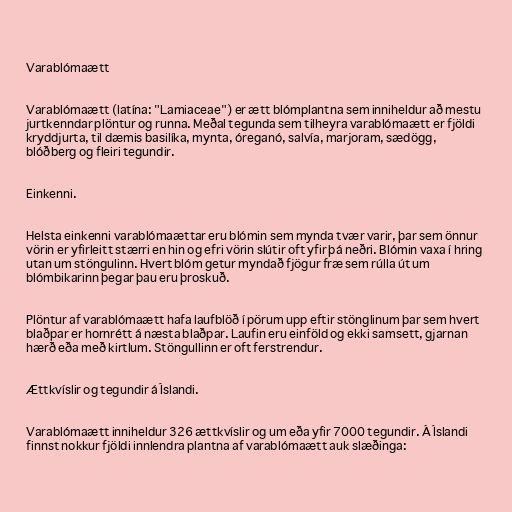
Varablómaætt

Varablómaætt (latína: "Lamiaceae") er ætt blómplantna sem inniheldur að mestu
jurtkenndar plöntur og runna. Meðal tegunda sem tilheyra varablómaætt er fjöldi
kryddjurta, til dæmis basilíka, mynta, óreganó, salvía, marjoram, sædögg,
blóðberg og fleiri tegundir.

Einkenni.

Helsta einkenni varablómaættar eru blómin sem mynda tvær varir, þar sem önnur
vörin er yfirleitt stærri en hin og efri vörin slútir oft yfir þá neðri. Blómin vaxa í hring
utan um stöngulinn. Hvert blóm getur myndað fjögur fræ sem rúlla út um
blómbikarinn þegar þau eru þroskuð.

Plöntur af varablómaætt hafa laufblöð í pörum upp eftir stönglinum þar sem hvert
blaðpar er hornrétt á næsta blaðpar. Laufin eru einföld og ekki samsett, gjarnan
hærð eða með kirtlum. Stöngullinn er oft ferstrendur.

Ættkvíslir og tegundir á Íslandi.

Varablómaætt inniheldur 326 ættkvíslir og um eða yfir 7000 tegundir. Á Íslandi
finnst nokkur fjöldi innlendra plantna af varablómaætt auk slæðinga: